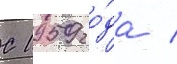
С 1959 го́да /